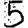
Digit: 5